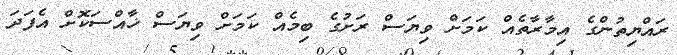
ރައްޔިތުންގެ އިމާރާތެއް ކަމަށް ވިޔަސް ރަށުގެ ބިމެއް ކަމަށް ވިޔަސް ޚާއްސަކޮށް އެފަދަ